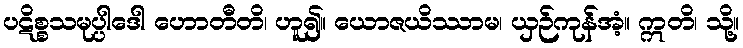
ပဋိစ္စသမုပ္ပါဒေါ ဟောတီတိ၊ ဟူ၍။ ယောဇယိဿာမ၊ ယှဉ်ကုန်အံ့။ ဣတိ၊ သို့။